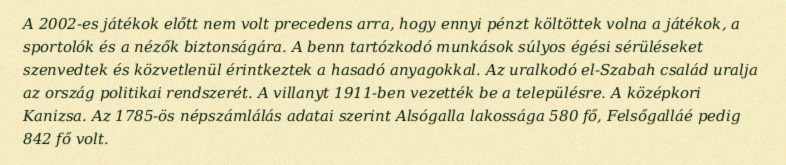
A 2002-es játékok előtt nem volt precedens arra, hogy ennyi pénzt költöttek volna a játékok, a sportolók és a nézők biztonságára. A benn tartózkodó munkások súlyos égési sérüléseket szenvedtek és közvetlenül érintkeztek a hasadó anyagokkal. Az uralkodó el-Szabah család uralja az ország politikai rendszerét. A villanyt 1911-ben vezették be a településre. A középkori Kanizsa. Az 1785-ös népszámlálás adatai szerint Alsógalla lakossága 580 fő, Felsőgalláé pedig 842 fő volt.